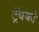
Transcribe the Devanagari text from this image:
ट्रॅवको